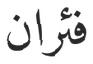
فئران